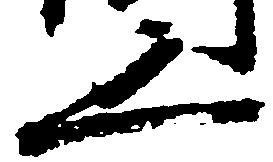
之